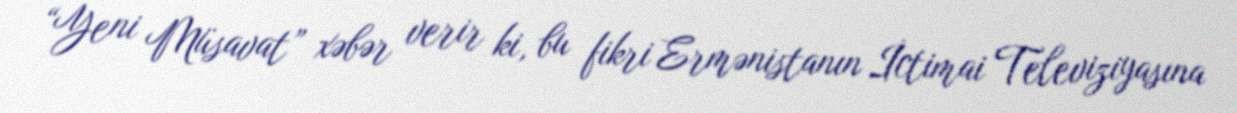
“Yeni Müsavat” xəbər verir ki, bu fikri Ermənistanın İctimai Televiziyasına